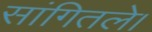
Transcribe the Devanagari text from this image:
सांगितले।